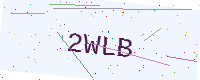
Text: 2WLB